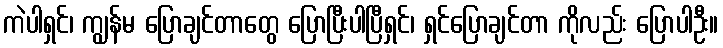
ကဲပါရှင်၊ ကျွန်မ ပြောချင်တာတွေ ပြောပြီးပါပြီရှင်၊ ရှင်ပြောချင်တာ ကိုလည်း ပြောပါဦး။